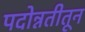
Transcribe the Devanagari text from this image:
पदोन्नतीतून